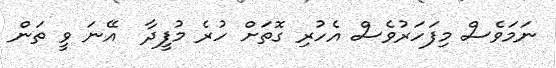
ނަމަވެސް މިފަހަރުވެސް އެހުރި ގޮތަށް ހުރެ މުފީދާ  އޭނަ ވީ ތަން